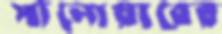
সালোয়ারের